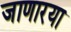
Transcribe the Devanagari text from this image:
जाणारया